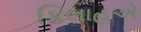
કિલાહએ